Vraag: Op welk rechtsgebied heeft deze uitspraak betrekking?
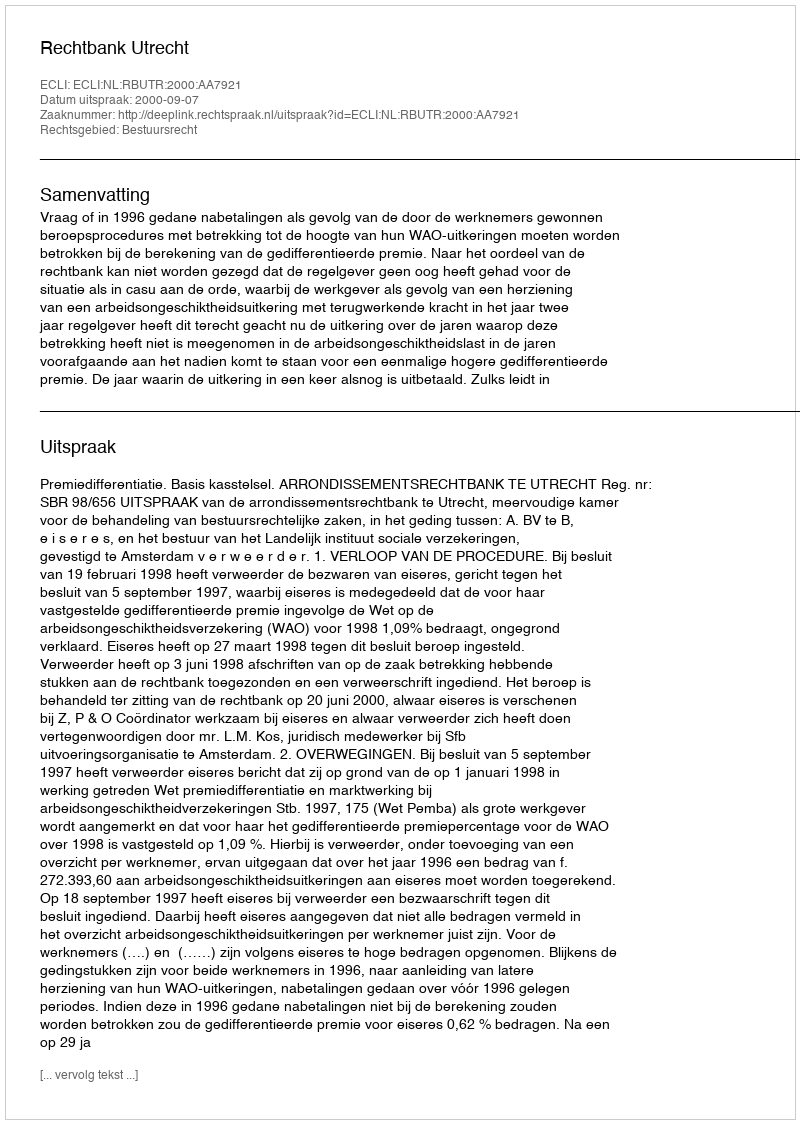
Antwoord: Bestuursrecht